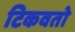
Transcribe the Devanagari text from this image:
टिकवतो